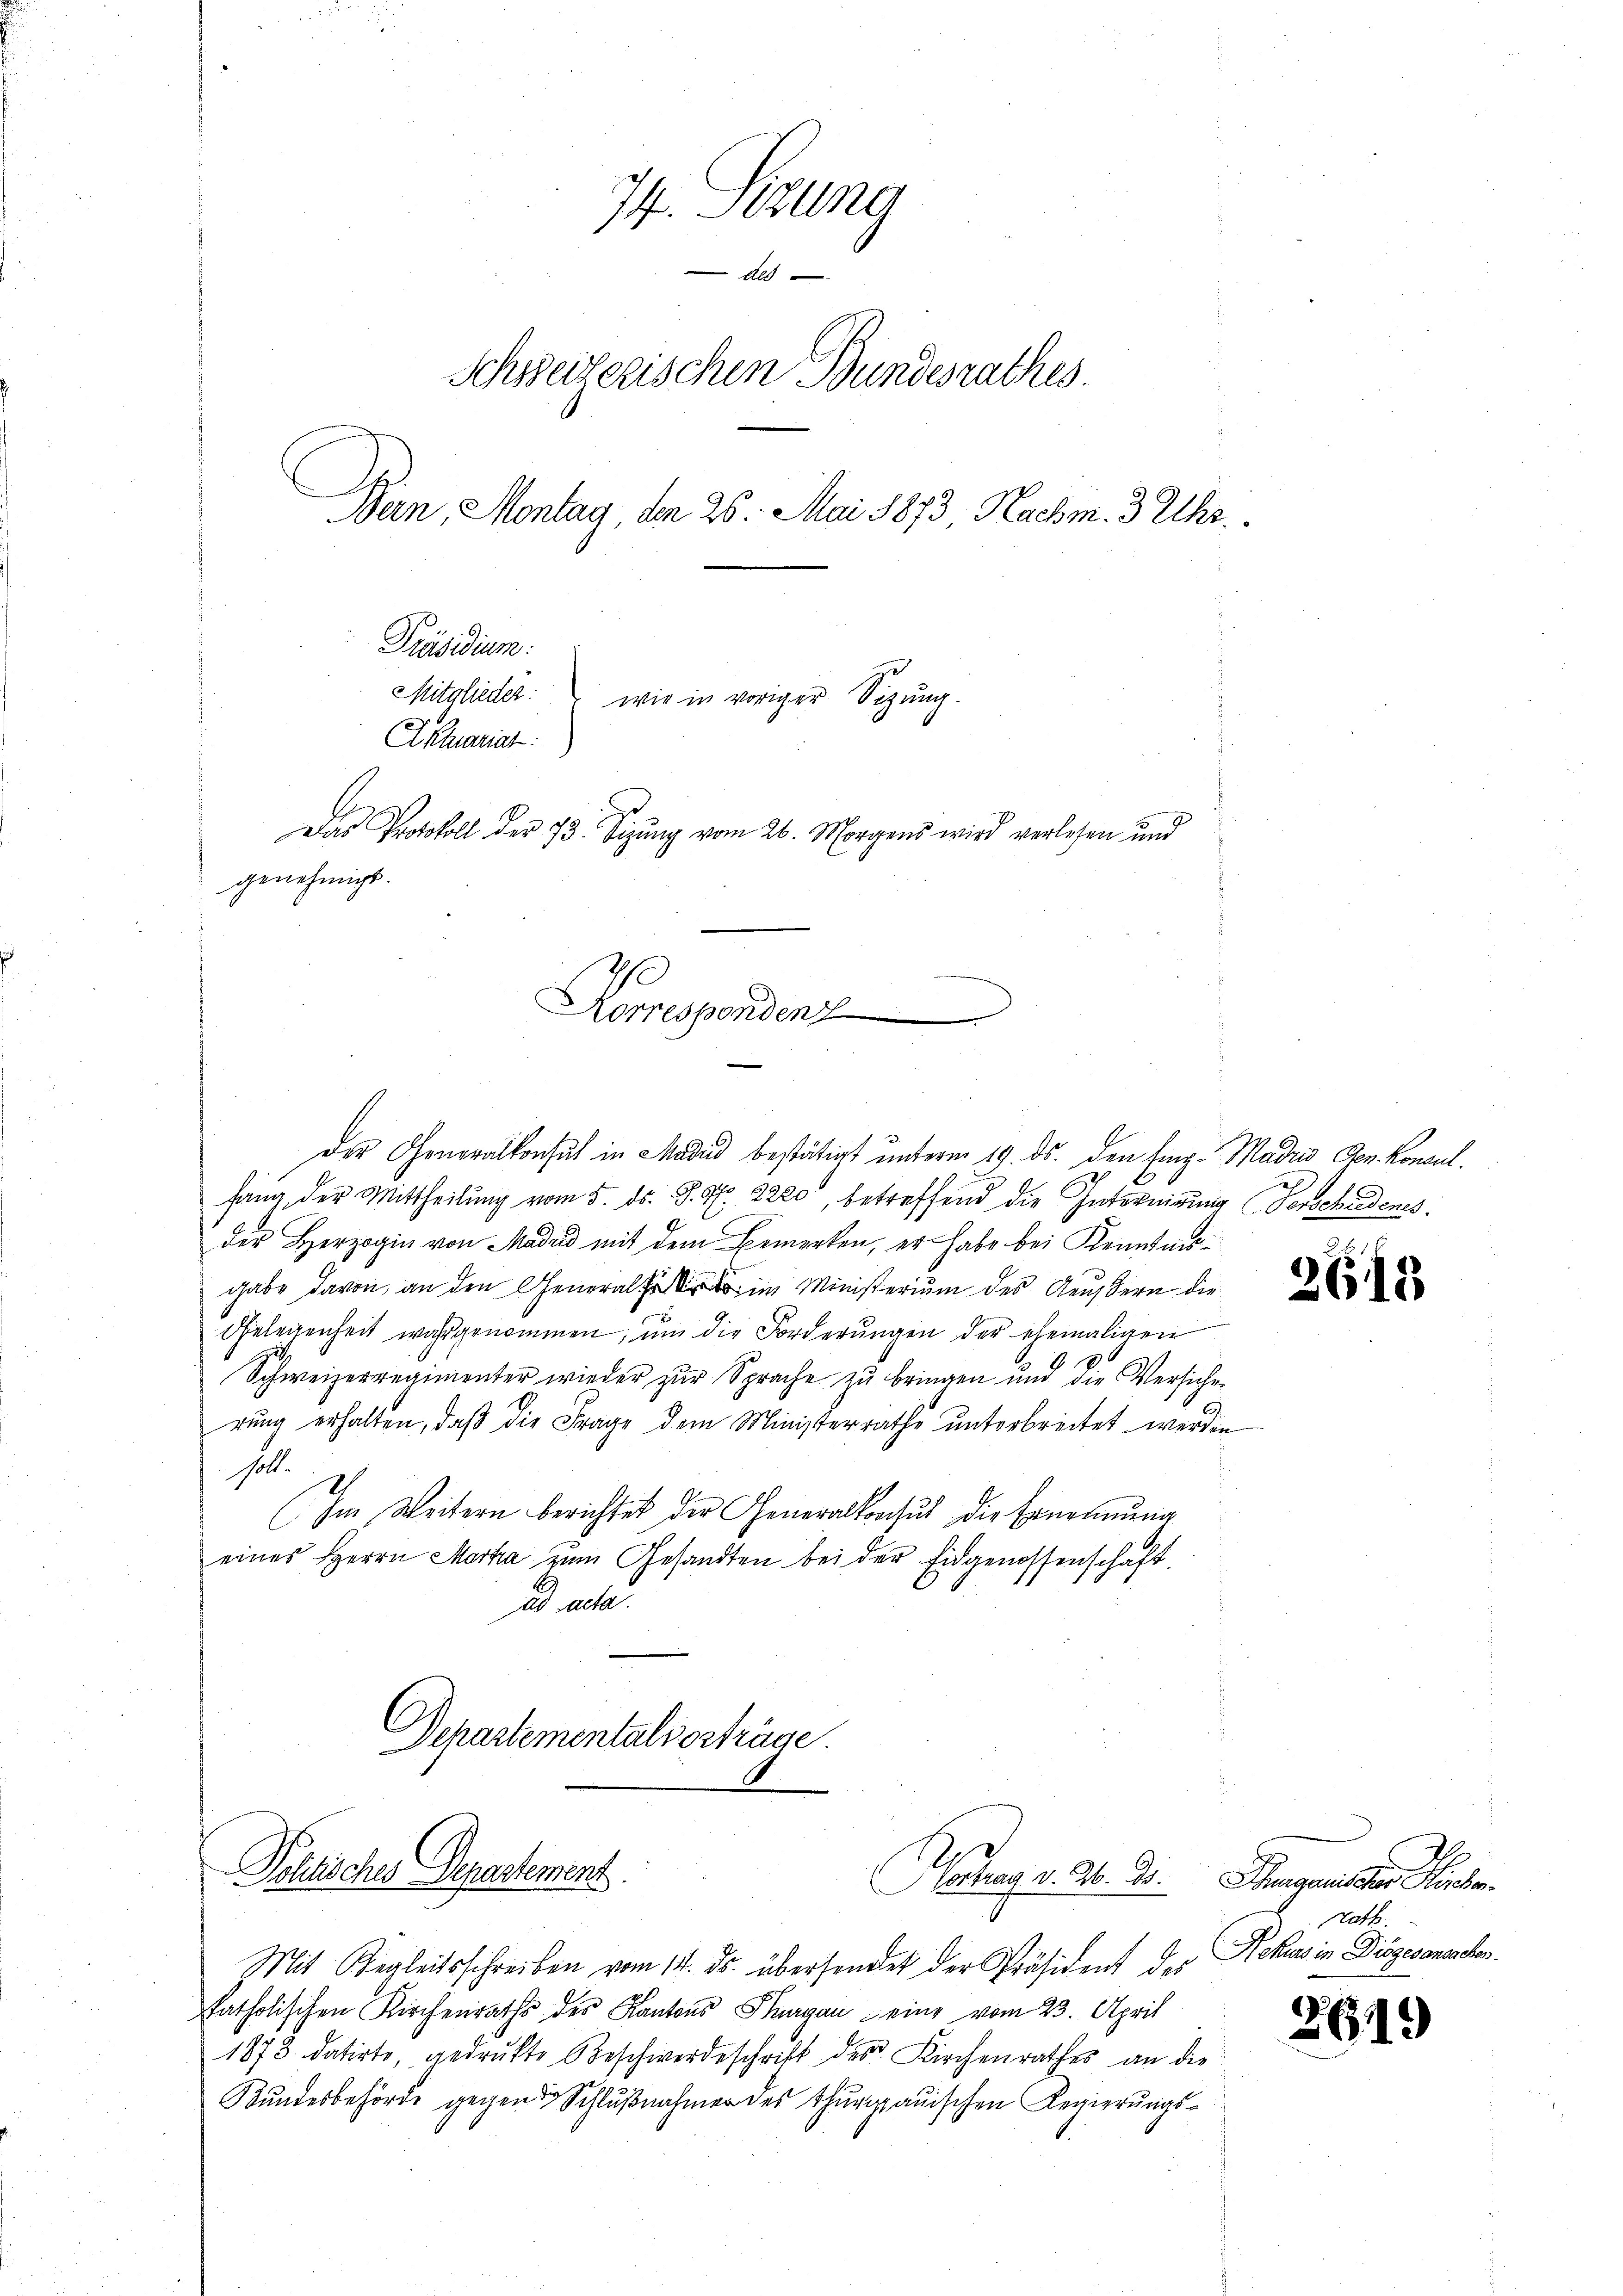
74. Sizung
Als
Schweizerischen Bundesrathes.
Ban, Montag, den 26. Mai 1873 Nachm. 3 Uhr.
Präsidium
Mitglieder:
wie in voriger Sitzung.
AKaurial
Das Protokoll der 73. Sizung vom 26. Morgens wird verlesen und
genehmigt.

Politisches Departement.

Korresponden

Der Generalkonsul in Madad bestätigt unterm 19. ds. den Eing-Madris Den Konsulfang der Mittheilung vom 5. ds. S. 97. 2200, betreffend die Internirung (Verschiedenes.
der Herzogin von Madrid mit dem Bemerken, er habe bei Kenntnisgabe davon, an den General im Ministerium des Aeußern die
Gelegenheit wahrgenommen, um die Forderungen der ehemaligen
Schweizerregimenter wieder zur Sprache zu bringen und die Versichen
6
rŭng erhalten, daβ die Frage dem Ministerrathe unterbreitet werden
s. 1
Im Weitern berichtet der Generalkoochus die Ernennung
eines Herrn Marka zum Gesandten bei der Eidgenossenschaft
ad acta.
Departementalvorträge.

ohag v. M. D.

Mit Begleitsschreiben vom 14. ds. übersendet der Präsident des
katholischen Kirchenraths des Kantons Thurgau eine vom 23. April
1873 datirte, gedrukte Beschwerdeschrift des Kirchenrathes an die
Kŭndesbehörde gegen Schlŭβnahmer des Thurgauischen Regierŭngs-

265.

3

Aargaretter de
Rath.
Rekurs in Diösgesansachen.

2619